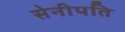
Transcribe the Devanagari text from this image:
सेनीपति